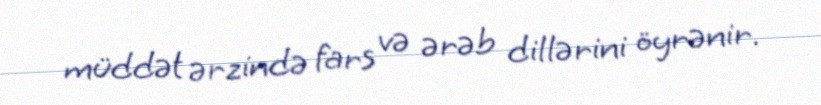
müddət ərzində fars və ərəb dillərini öyrənir.